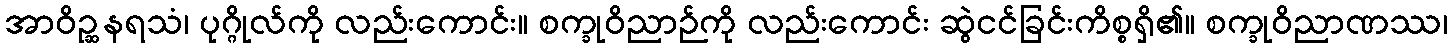
အာဝိဉ္ဆနရသံ၊ ပုဂ္ဂိုလ်ကို လည်းကောင်း။ စက္ခုဝိညာဉ်ကို လည်းကောင်း ဆွဲငင်ခြင်းကိစ္စရှိ၏။ စက္ခုဝိညာဏဿ၊